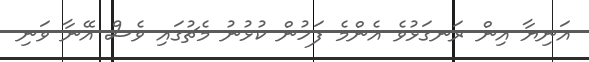
އަނިޔާ އިން ރަނގަޅުވެ އެންމެ ފަހުން ކުޅުނު މެޗުގައި ވެސް އޭނާ ވަނި